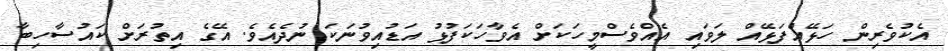
އެކުވެރިން ހަޅޭއްފަޅޭއް ލަވައި އެއްވެސްމީހަކަށް އެވާހަކަފުޅު އަޑުއިވުނަކަ ނުދެއެވެ. އޭގެ އިތުރަށް ކައުސާހިބާ